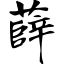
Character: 薛